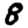
Digit: 8